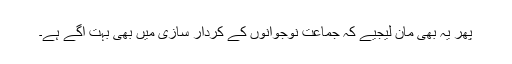
پھر یہ بھی مان لیجیے کہ جماعت نوجوانوں کے کردار سازی میں بھی بہت اگے ہے۔